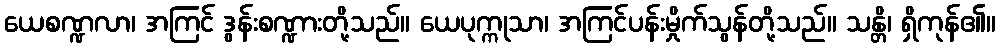
ယေစဏ္ဍလာ၊ အကြင် ဒွန်းစဏ္ဍားတို့သည်။ ယေပုက္ကုသာ၊ အကြင်ပန်းမှိုက်သွန်တို့သည်။ သန္တိ၊ ရှိကုန်၏။